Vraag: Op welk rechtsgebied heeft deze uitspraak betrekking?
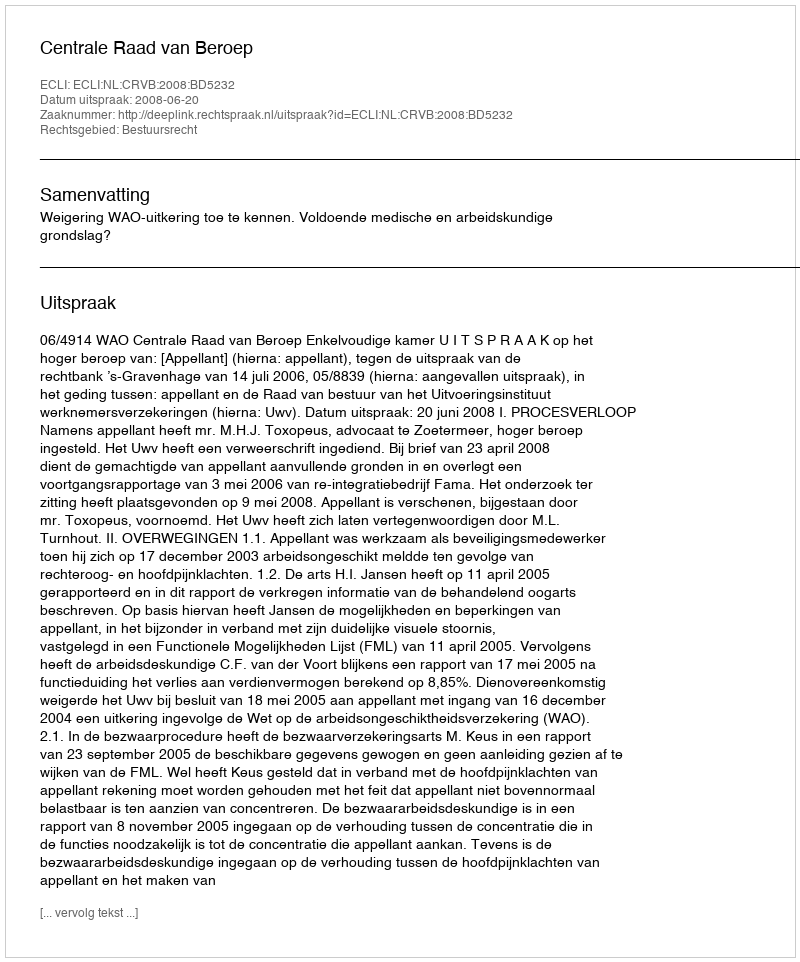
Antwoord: Bestuursrecht